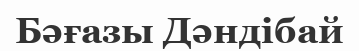
Бәғазы Дәндібай